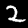
Label: 2